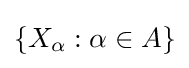
\left\{X_{\alpha }:\alpha \in A\right\}